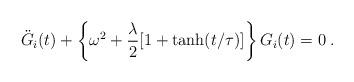
LaTeX: \begin{align*}\ddot{G}_i(t)+\left\{\omega^2+\frac{\lambda}{2}[1+\tanh(t/\tau)]\right\}G_i(t)=0\;.\end{align*}